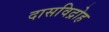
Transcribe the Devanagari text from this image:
दासविद्रोह